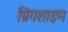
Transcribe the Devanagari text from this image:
प्रिंगशाइम